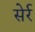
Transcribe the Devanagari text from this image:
सेर्र